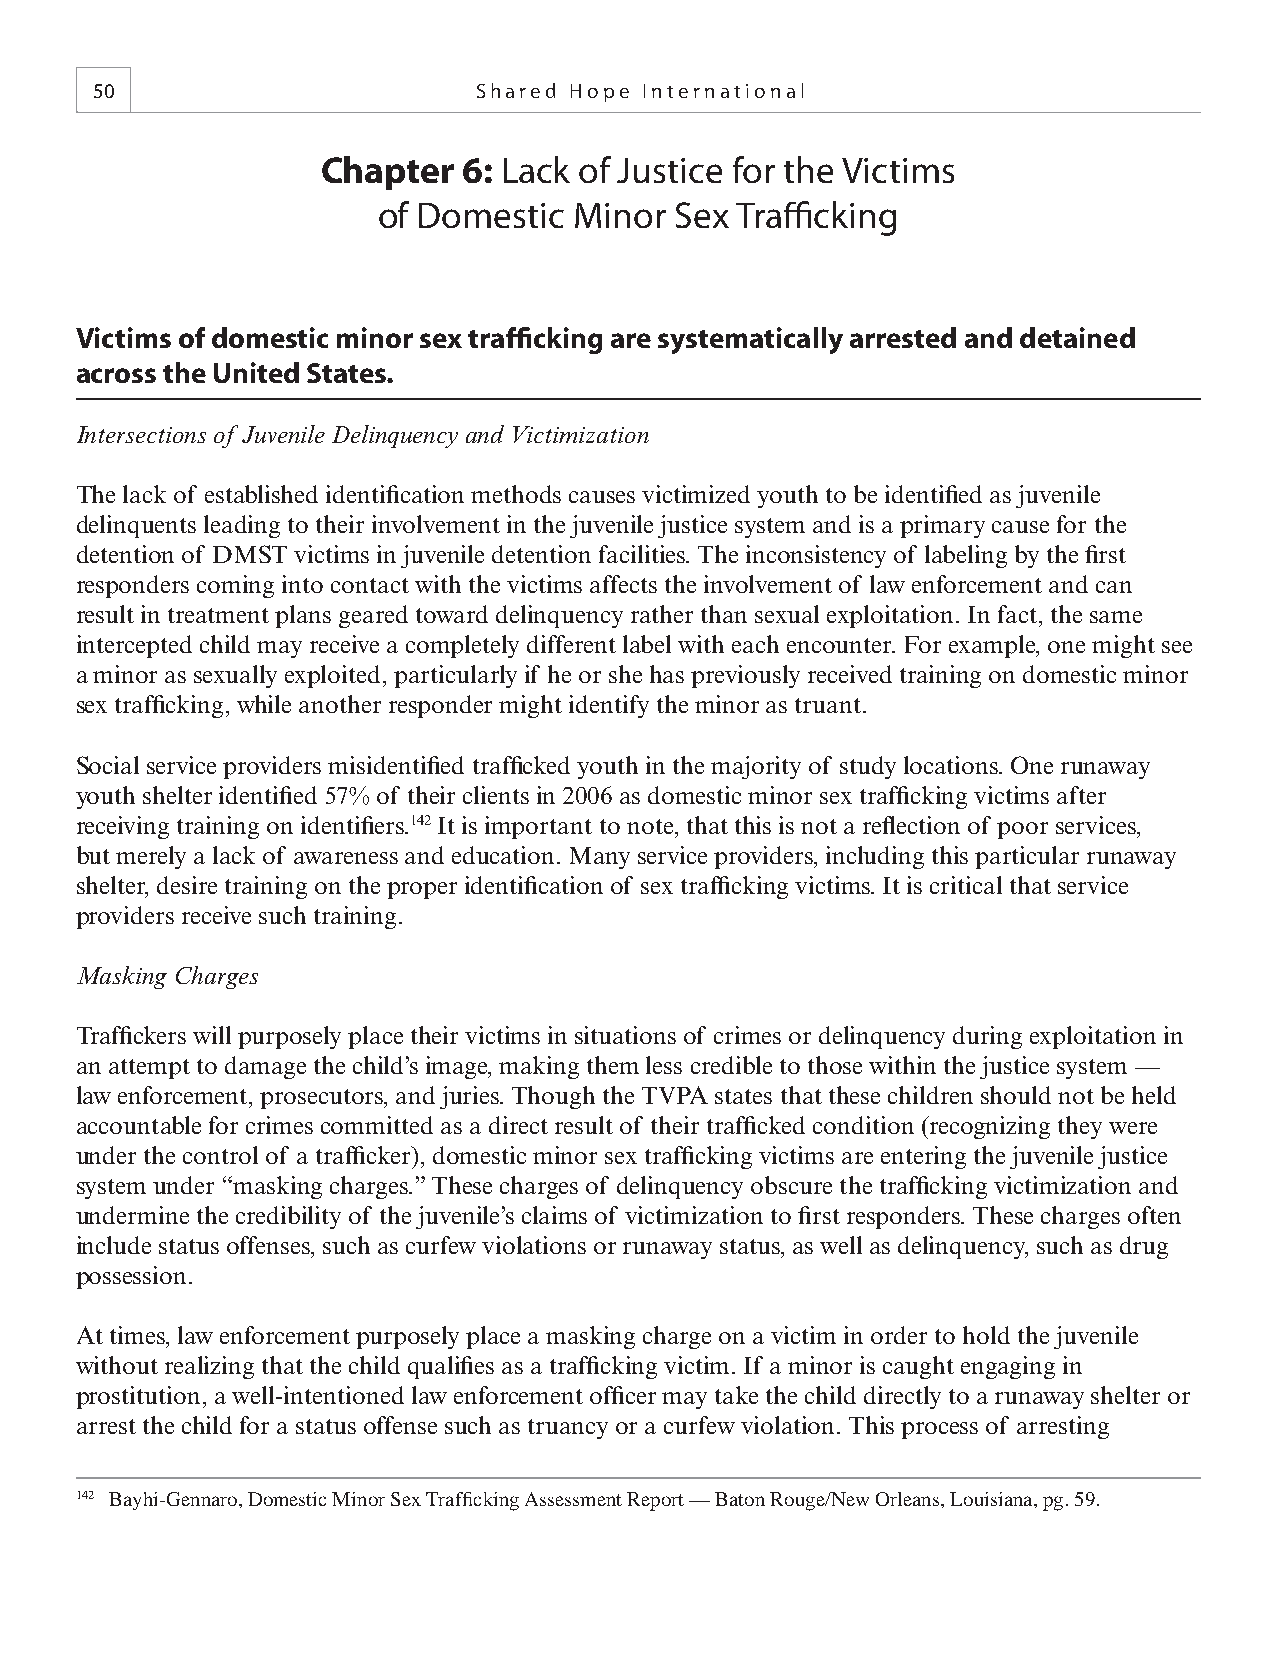
50                       Shared Hope International
 Chapter   6: Lack of Justice for the Victims
 of Domestic  Minor  Sex Traffi cking
 Victims of domestic minor sex traffi cking are systematically arrested and detained
 across the United States.
 Intersections of Juvenile Delinquency and Victimization
 The lack of established identifi cation methods causes victimized youth to be identifi ed as juvenile
 delinquents leading to their involvement in the juvenile justice system and is a primary cause for the
 detention of DMST victims in juvenile detention facilities. The inconsistency of labeling by the fi rst
 responders coming into contact with the victims affects the involvement of law enforcement and can
 result in treatment plans geared toward delinquency rather than sexual exploitation. In fact, the same
 intercepted child may receive a completely different label with each encounter. For example, one might see
 a minor as sexually exploited, particularly if he or she has previously received training on domestic minor
 sex traffi cking, while another responder might identify the minor as truant.
 Social service providers misidentifi ed traffi cked youth in the majority of study locations. One runaway
 youth shelter identifi ed 57% of their clients in 2006 as domestic minor sex traffi cking victims after
 receiving training on identifi ers.142 It is important to note, that this is not a refl ection of poor services,
 but merely a lack of awareness and education. Many service providers, including this particular runaway
 shelter, desire training on the proper identifi cation of sex traffi cking victims. It is critical that service
 providers receive such training.
 Masking Charges
 Traffi ckers will purposely place their victims in situations of crimes or delinquency during exploitation in
 an attempt to damage the child’s image, making them less credible to those within the justice system —
 law enforcement, prosecutors, and juries. Though the TVPA states that these children should not be held
 accountable for crimes committed as a direct result of their traffi cked condition (recognizing they were
 under the control of a traffi cker), domestic minor sex traffi cking victims are entering the juvenile justice
 system under “masking charges.” These charges of delinquency obscure the traffi cking victimization and
 undermine the credibility of the juvenile’s claims of victimization to fi rst responders. These charges often
 include status offenses, such as curfew violations or runaway status, as well as delinquency, such as drug
 possession.
 At times, law enforcement purposely place a masking charge on a victim in order to hold the juvenile
 without realizing that the child qualifi es as a traffi cking victim. If a minor is caught engaging in
 prostitution, a well-intentioned law enforcement offi cer may take the child directly to a runaway shelter or
 arrest the child for a status offense such as truancy or a curfew violation. This process of arresting
 142 Bayhi-Gennaro, Domestic Minor Sex Traffi cking Assessment Report — Baton Rouge/New Orleans, Louisiana, pg. 59.